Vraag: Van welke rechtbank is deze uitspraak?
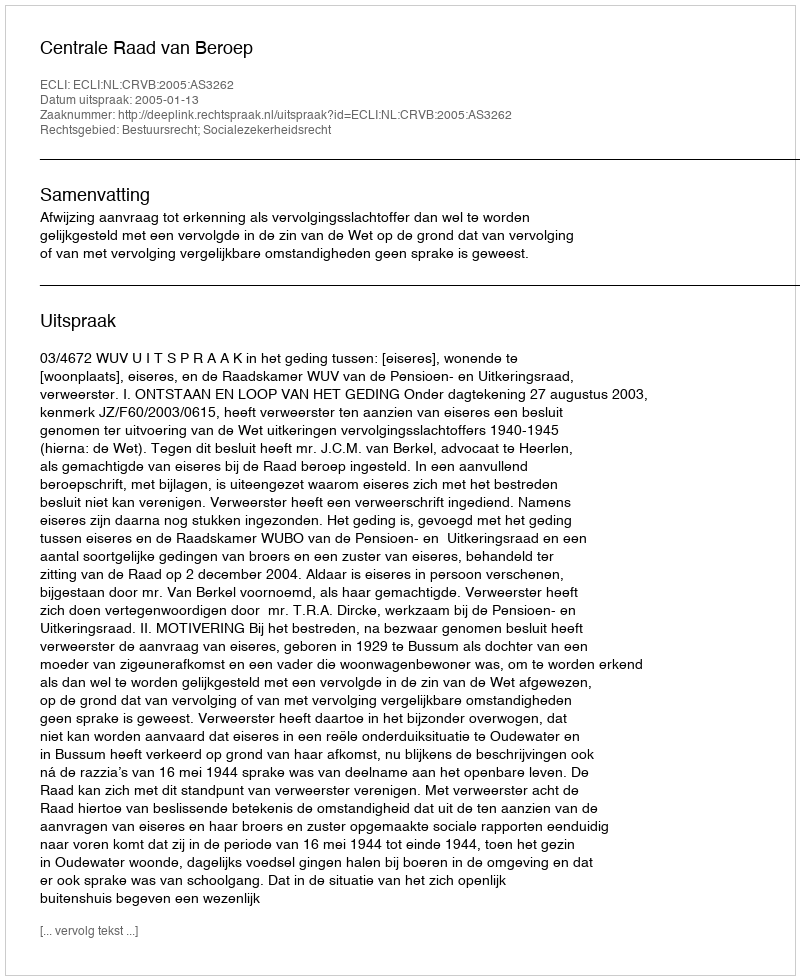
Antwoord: Centrale Raad van Beroep